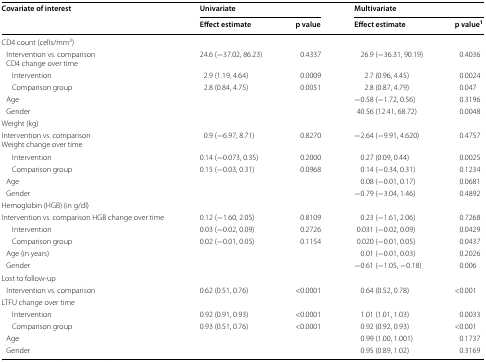
<table><thead><tr><td rowspan="2"><b>Covariate of interest</b></td><td colspan="2"><b>Univariate</b></td><td colspan="2"><b>Multivariate</b></td></tr><tr><td><b>Effect estimate</b></td><td><b>p value</b></td><td><b>Effect estimate</b></td><td><b>p value<sup>1</sup></b></td></tr></thead><tbody><tr><td colspan="5">CD4 count (cells/mm<sup>3</sup>)</td></tr><tr><td> Intervention vs. comparison CD4 change over time</td><td>24.6 (−37.02, 86.23)</td><td>0.4337</td><td>26.9 (−36.31, 90.19)</td><td>0.4036</td></tr><tr><td>Intervention</td><td>2.9 (1.19, 4.64)</td><td>0.0009</td><td>2.7 (0.96, 4.45)</td><td>0.0024</td></tr><tr><td>Comparison group</td><td>2.8 (0.84, 4.75)</td><td>0.0051</td><td>2.8 (0.87, 4.79)</td><td>0.047</td></tr><tr><td> Age</td><td></td><td></td><td>−0.58 (−1.72, 0.56)</td><td>0.3196</td></tr><tr><td> Gender</td><td></td><td></td><td>40.56 (12.41, 68.72)</td><td>0.0048</td></tr><tr><td colspan="5">Weight (kg)</td></tr><tr><td>Intervention vs. comparisonWeight change over time</td><td>0.9 (−6.97, 8.71)</td><td>0.8270</td><td>−2.64 (−9.91, 4.620)</td><td>0.4757</td></tr><tr><td>Intervention</td><td>0.14 (−0.073, 0.35)</td><td>0.2000</td><td>0.27 (0.09, 0.44)</td><td>0.0025</td></tr><tr><td>Comparison group</td><td>0.15 (−0.03, 0.31)</td><td>0.0968</td><td>0.14 (−0.34, 0.31)</td><td>0.1234</td></tr><tr><td> Age</td><td></td><td></td><td>0.08 (−0.01, 0.17)</td><td>0.0681</td></tr><tr><td> Gender</td><td></td><td></td><td>−0.79 (−3.04, 1.46)</td><td>0.4892</td></tr><tr><td colspan="5">Hemoglobin (HGB) (in g/dl)</td></tr><tr><td>Intervention vs. comparison HGB change over time</td><td>0.12 (−1.60, 2.05)</td><td>0.8109</td><td>0.23 (−1.61, 2.06)</td><td>0.7268</td></tr><tr><td>Intervention</td><td>0.03 (−0.02, 0.09)</td><td>0.2726</td><td>0.031 (−0.02, 0.09)</td><td>0.0429</td></tr><tr><td>Comparison group</td><td>0.02 (−0.01, 0.05)</td><td>0.1154</td><td>0.020 (−0.01, 0.05)</td><td>0.0437</td></tr><tr><td> Age (in years)</td><td></td><td></td><td>0.01 (−0.01, 0.03)</td><td>0.2026</td></tr><tr><td> Gender</td><td></td><td></td><td>−0.61 (−1.05, −0.18)</td><td>0.006</td></tr><tr><td colspan="5">Lost to follow-up</td></tr><tr><td> Intervention vs. comparison</td><td>0.62 (0.51, 0.76)</td><td>&lt;0.0001</td><td>0.64 (0.52, 0.78)</td><td>&lt;0.001</td></tr><tr><td colspan="5">LTFU change over time</td></tr><tr><td>Intervention</td><td>0.92 (0.91, 0.93)</td><td>&lt;0.0001</td><td>1.01 (1.01, 1.03)</td><td>0.0033</td></tr><tr><td>Comparison group</td><td>0.93 (0.51, 0.76)</td><td>&lt;0.0001</td><td>0.92 (0.92, 0.93)</td><td>&lt;0.001</td></tr><tr><td> Age</td><td></td><td></td><td>0.99 (1.00, 1.001)</td><td>0.1737</td></tr><tr><td> Gender</td><td></td><td></td><td>0.95 (0.89, 1.02)</td><td>0.3169</td></tr></tbody></table>